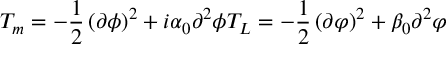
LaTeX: T _ { m } = - { \frac { 1 } { 2 } } \left( \partial \phi \right) ^ { 2 } + i \alpha _ { 0 } \partial ^ { 2 } \phi T _ { L } = - { \frac { 1 } { 2 } } \left( \partial \varphi \right) ^ { 2 } + \beta _ { 0 } \partial ^ { 2 } \varphi